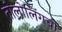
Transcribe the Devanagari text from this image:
तोलोलिंगची